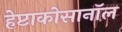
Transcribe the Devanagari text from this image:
हेप्टाकोसानॉल